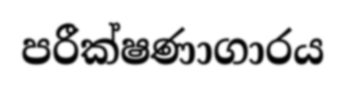
පරීක්ෂණාගාරය